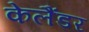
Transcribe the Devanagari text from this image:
केलैंडर